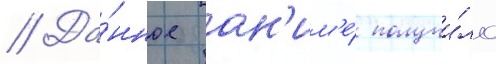
// Да́нное ан'им'е́ получи́ло